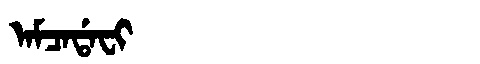
Manchu: ᠠᠮᠴᠠᡩᠠᠸᡳ
Romanization: AMCADAFI